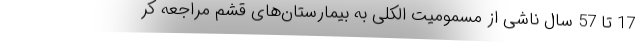
17 تا 57 سال ناشی از مسمومیت الکلی به بیمارستان‌های قشم مراجعه کر